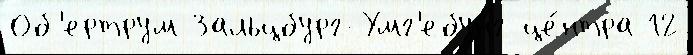
Об'ертрум Зальцбург-Умг'ебунг це́нтра 12